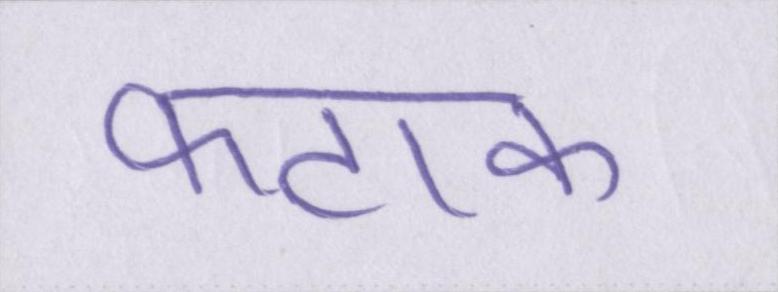
फटाक